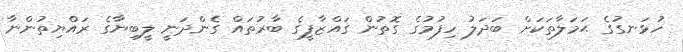
ހުޅަނގުގެ ޙަމަލާތަކަށް ބަދަލު ހިފުމުގެ ގޮތުން ގައްޒާފީގެ ބާރުތައް ގެންދަނީ ލީބިޔާގެ ރައްޔިތުންނާ